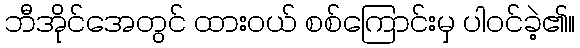
ဘီအိုင်အေတွင် ထားဝယ် စစ်ကြောင်းမှ ပါဝင်ခဲ့၏။